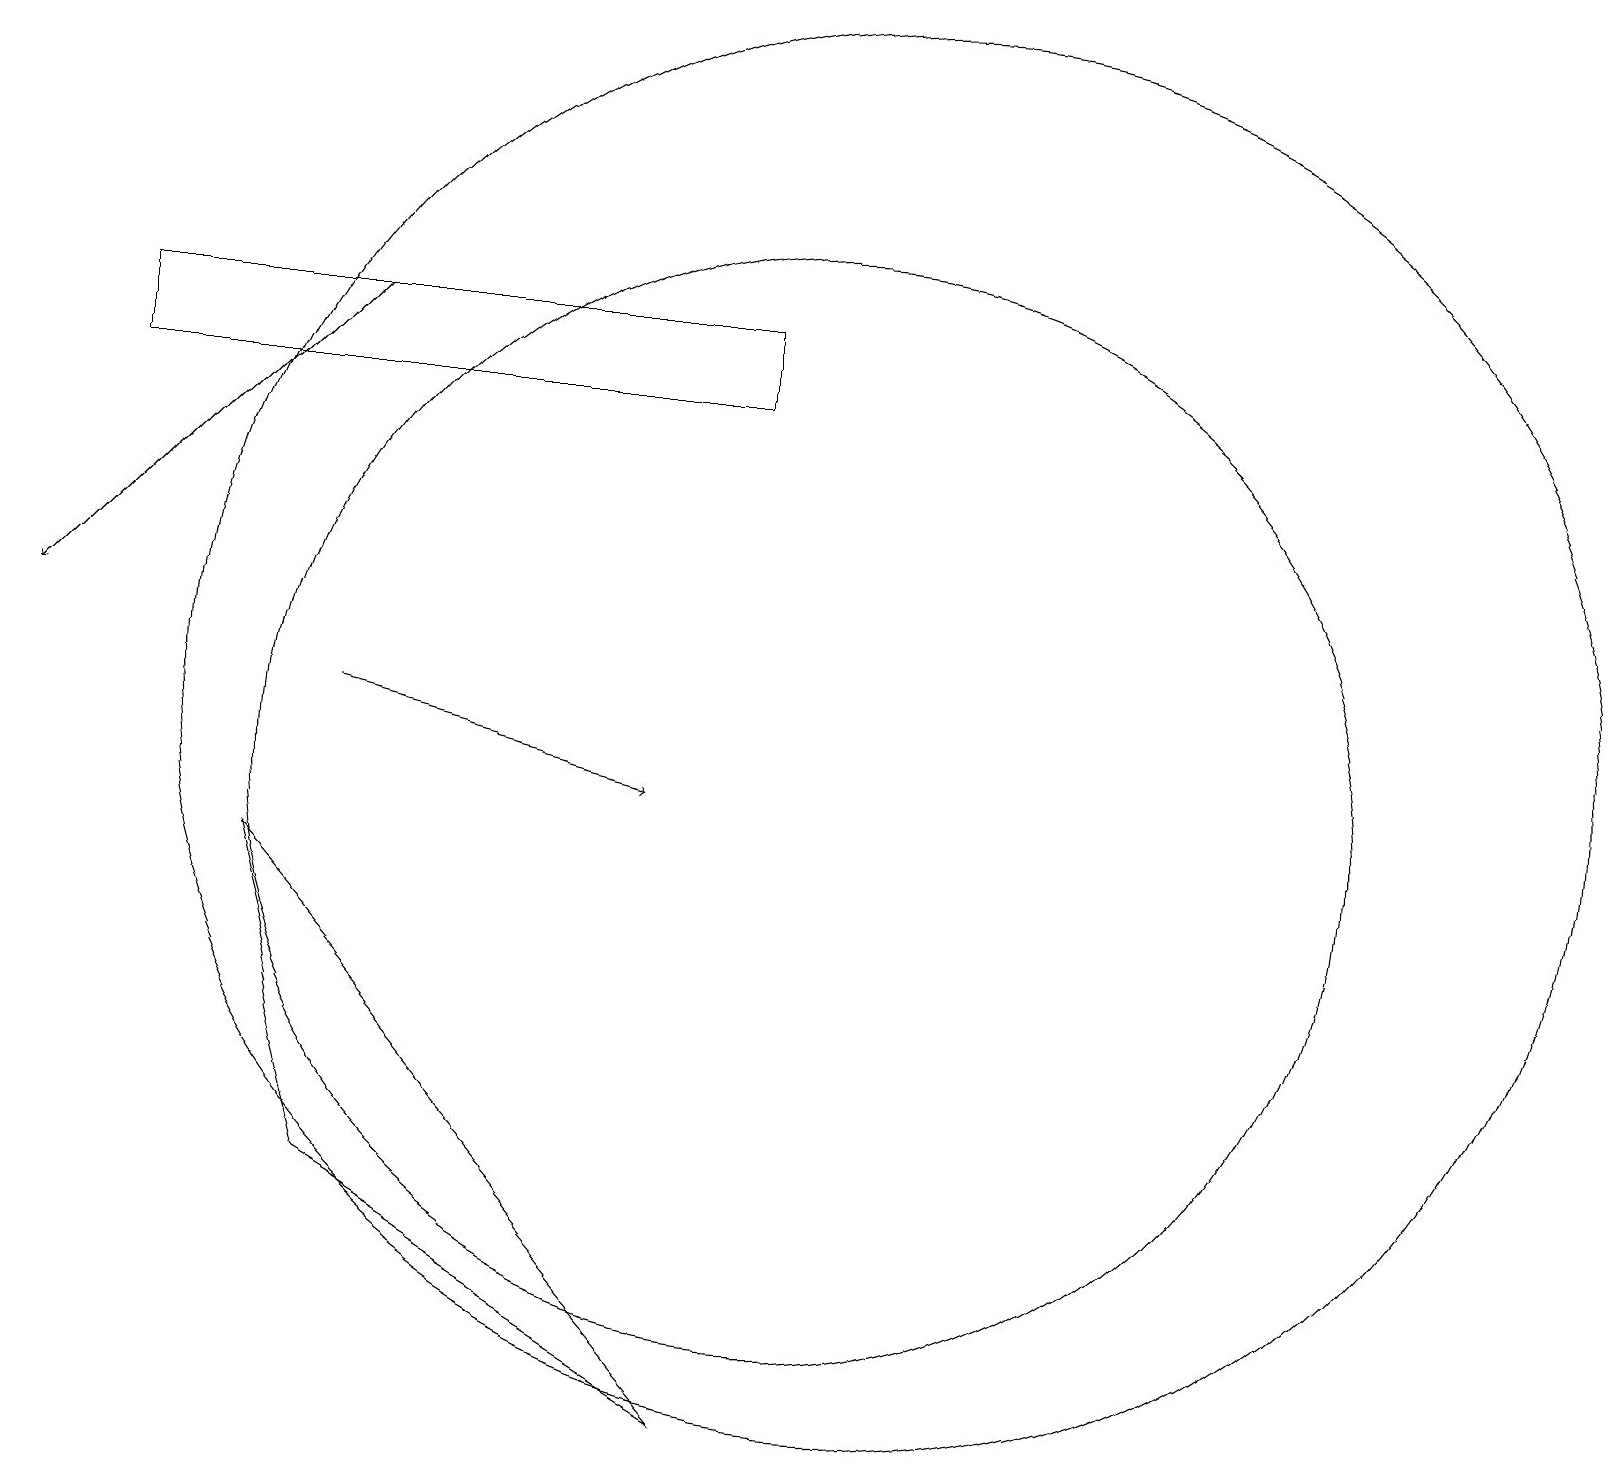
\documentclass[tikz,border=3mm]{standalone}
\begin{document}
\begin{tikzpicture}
\draw[->] (4,16) -- (0,12);
\draw (3,9) -- (4,5) -- (9,2) -- cycle;
\draw (1,16) rectangle (9,15);
\draw (11,11) circle (9);
\draw[->] (4,11) -- (8,10);
\draw (10,10) circle (7);
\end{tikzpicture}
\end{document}